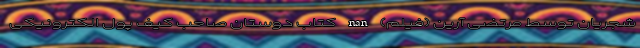
شجریان توسط مرتضی آرین (فیلم) nan کتاب ‌دوستان صاحب کیف پول الکترونیکی